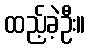
ထည့်ခဲ့ဦး။